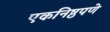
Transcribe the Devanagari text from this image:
एकनिष्ठपणे